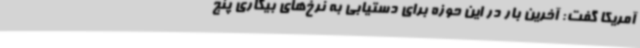
آمریکا گفت: آخرین بار در این حوزه برای دستیابی به نرخ‌های بیکاری پنج